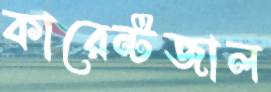
কারেন্টজাল